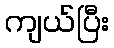
ကျယ်ပြီး